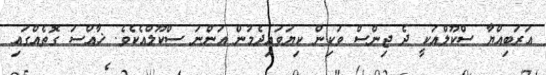
ޢަރަބިއްޔާ ސްކޫލްއަކީ ދެ ޖިންސް ވަކިން ކިޔަވައިދެމުން އަންނަ ސްކޫލްއެކެވެ. ޚާއްސަ ގޮތެއްގައި